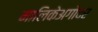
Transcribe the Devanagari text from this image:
मालिकेअगोदर